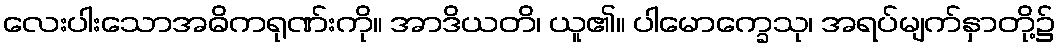
လေးပါးသောအဓိကရုဏ်းကို။ အာဒိယတိ၊ ယူ၏။ ပါမောက္ခေသု၊ အရပ်မျက်နှာတို့၌